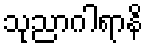
သုညာဂါရာနိ